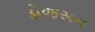
ડોજસન